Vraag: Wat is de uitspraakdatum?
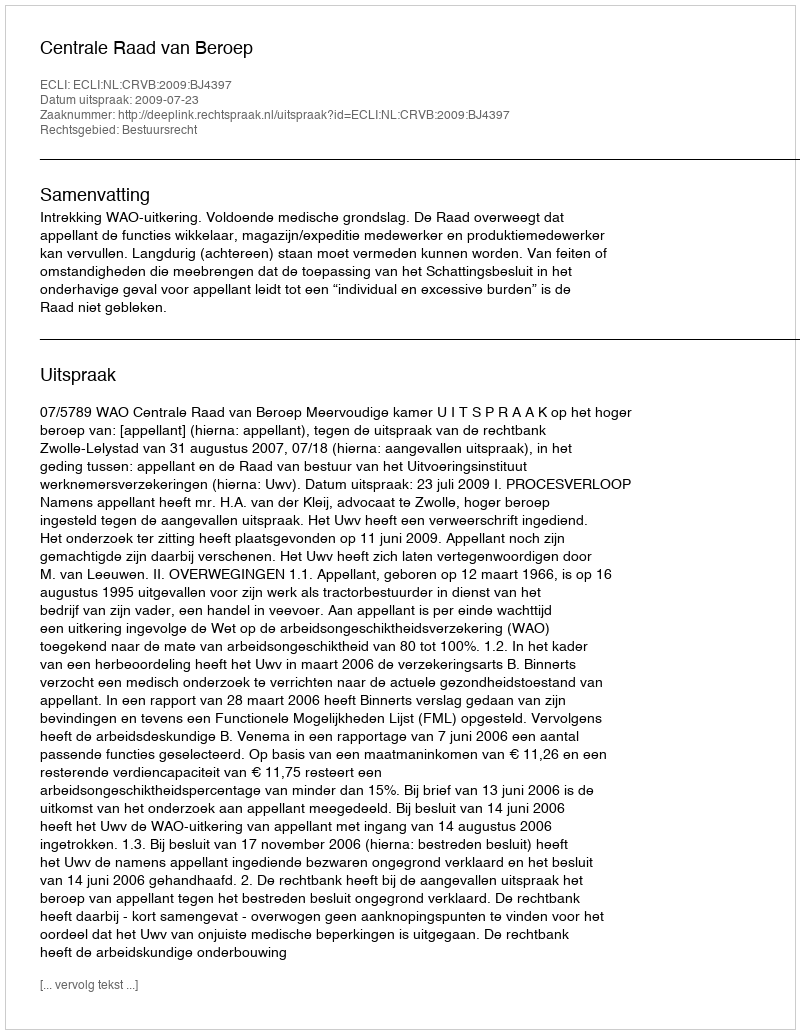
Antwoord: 2009-07-23